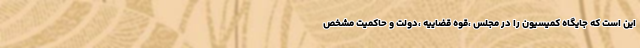
این است که جایگاه کمیسیون را در مجلس ،قوه قضاییه ،دولت و حاکمیت مشخص